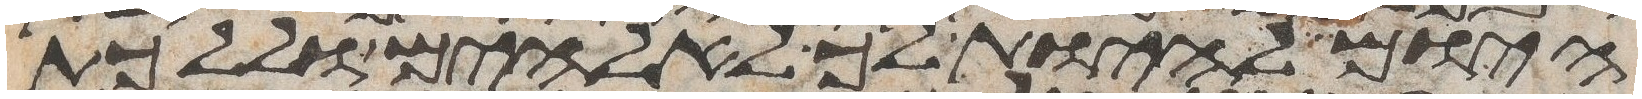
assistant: היום להיות לך לאלהים וללכת